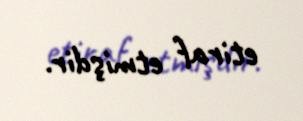
etiraf etmişdir.